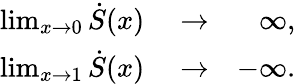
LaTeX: \begin{array}{rlr}{\operatorname*{lim}_{x\rightarrow 0}\dot{S}(x)}&{{}\rightarrow}&{\infty,}\\ {\operatorname*{lim}_{x\rightarrow 1}\dot{S}(x)}&{{}\rightarrow}&{-\infty.}\end{array}